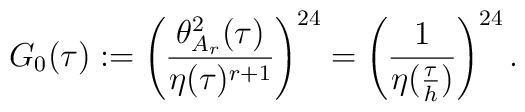
G_0(\tau):=\left(\frac{\theta^2_{A_r}(\tau)}{\eta(\tau)^{r+1}}\right)^{24}=\left(\frac{1}{\eta(\frac{\tau}{h})}\right)^{24}.